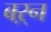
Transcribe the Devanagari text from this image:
बऱ्न